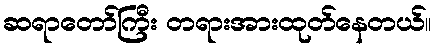
ဆရာတော်ကြီး တရားအားထုတ်နေတယ်။